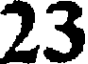
23